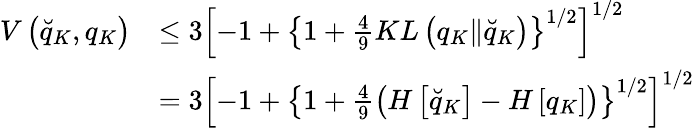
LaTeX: \begin{array}{rl}{V\left(\breve{q}_{K},q_{K}\right)}&{\leq 3\left[-1+\left\{ 1+\frac{4}{9}KL\left(q_{K}\| \breve{q}_{K}\right)\right\} ^{1/2}\right]^{1/2}}\\ &{=3\left[-1+\left\{ 1+\frac{4}{9}\left(H\left[\breve{q}_{K}\right]-H\left[q_{K}\right]\right)\right\} ^{1/2}\right]^{1/2}}\end{array}